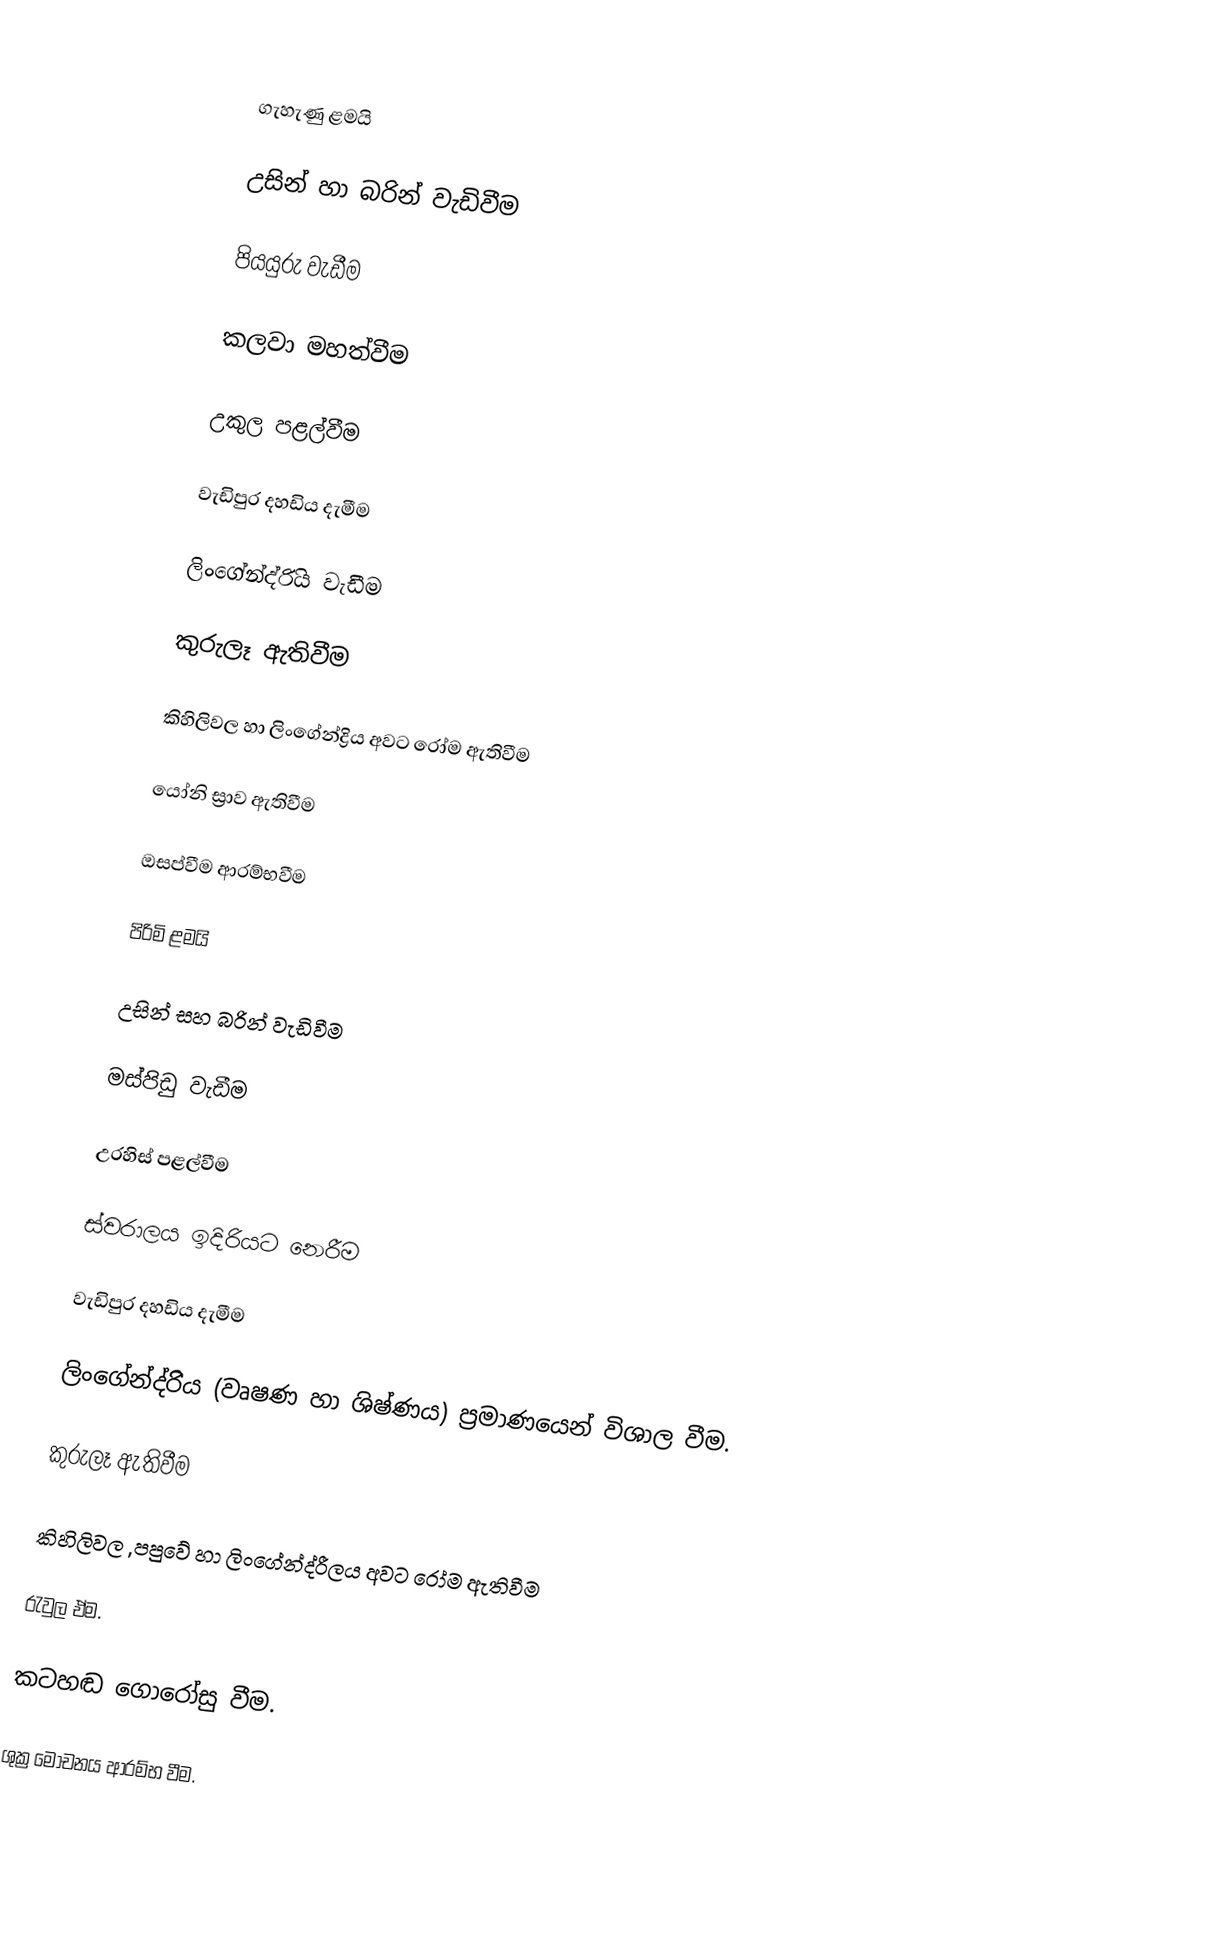

ගැහැණු ළමයි

උසින් හා බරින් වැඩිවීම

පියයුරු වැඩීම

කලවා මහත්වීම

උකුල පළල්වීම

වැඩිපුර දහඩිය දැමීම

ලිංගේන්ද්රිිය වැඩීම

කුරුලෑ ඇතිවීම

කිහිලිවල හා ලිංගේන්ද්‍රිය අවට රෝම ඇතිවීම

යෝනි ස්‍රාව ඇතිවීම

ඔසප්වීම ආරම්භවීම

පිරිමි ළමයි

උසින් සහ බරින් වැඩිවීම

මස්පිඩු වැඩීම

උරහිස් පළල්වීම

ස්වරාලය ඉදිරියට නෙරීම

වැඩිපුර දහඩිය දැමීම

ලිංගේන්ද්රිිය (වෘෂණ හා ශිෂ්ණය) ප්‍රමාණයෙන් විශාල වීම.

කුරුලෑ ඇතිවීම

කිහිලිවල ,පපුවේ හා ලිංගේන්ද්රීලය අවට රෝම ඇතිවීම

රැවුල ඒම.

කටහඬ ගොරෝසු වීම.

ශුක්‍ර මෝචනය ආරම්භ වීම.